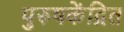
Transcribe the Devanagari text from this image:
पुरुषकेंद्रित